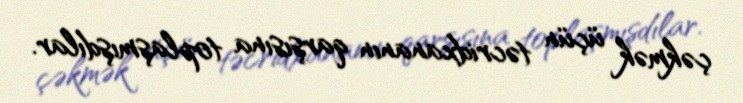
çəkmək üçün təcridxananın qarşısına toplaşmışdılar.